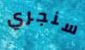
سنجري